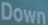
Down